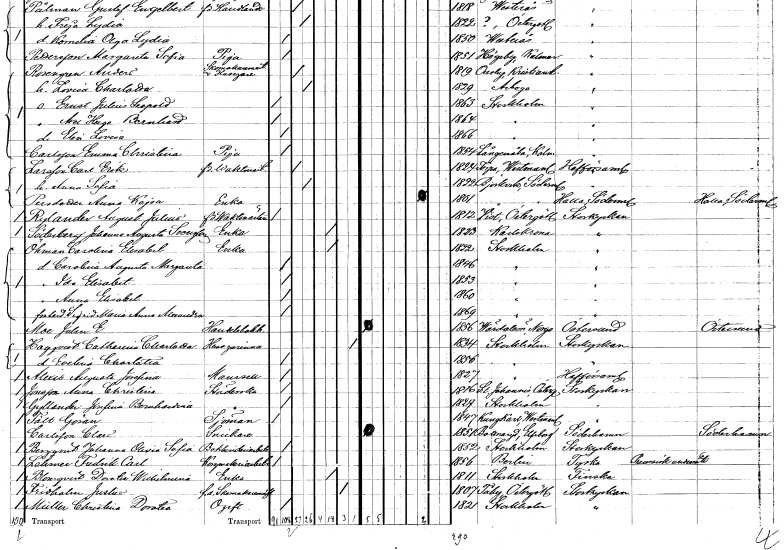
gt_parse: households: individuals: FN: Elin Lovisa
KON: K
CIV: O
FODAR: 1866
FODFORS: Stockholm
FN: Emma Christina
EN: Carlsson
YRKE: Piga
KON: K
CIV: O
FODAR: 1854
FODFORS: Långemåla Kalmar län
FN: Carl Erik
EN: Larsson
YRKE: Vaktmästare f.d.
KON: M
CIV: G
FODAR: 1824
FODFORS: Torpa Västmanlands län
FN: Anna Sofia
KON: K
CIV: G
FODAR: 1822
FODFORS: Björkvik Södermanlands län
FN: Anna Kajsa
EN: Persdotter
YRKE: Änka
KON: K
CIV: E
FODAR: 1801
FODFORS: Halla Södermanlands län
FN: August Julius
EN: Rylander
YRKE: Vaktmästare f.d.
KON: M
CIV: O
FODAR: 1812
FODFORS: Vist Östergötlands län
FN: Johanna Augusta
EN: Söderberg Svensson
YRKE: Änka
KON: K
CIV: E
FODAR: 1823
FODFORS: Karlskrona Blekinge län
FN: Carolina Elisabet
EN: Öhman
YRKE: Änka
KON: K
CIV: E
FODAR: 1822
FODFORS: Stockholm
FN: Carolina Augusta Margareta
KON: K
CIV: O
FODAR: 1846
FODFORS: Stockholm
FN: Ida Elisabet
KON: K
CIV: O
FODAR: 1853
FODFORS: Stockholm
FN: Anna Elisabet
KON: K
CIV: O
FODAR: 1860
FODFORS: Stockholm
FN: Sigrid Maria Anna Alexandra
KON: K
CIV: O
FODAR: 1869
FODFORS: Stockholm
FN: Jalen E.
EN: Moe
YRKE: Handelsbokhållare
KON: M
CIV: O
FODAR: 1856
FN: Catharina Charlotta
EN: Hagqvist
YRKE: Husägarinna
KON: K
CIV: X
FODAR: 1834
FODFORS: Stockholm
FN: Evelina Charlotta
KON: K
CIV: O
FODAR: 1856
FODFORS: Stockholm
FN: Augusta Josefina
EN: Alexis
KON: K
CIV: O
FODAR: 1827
FODFORS: Stockholm
FN: Anna Christina
EN: Jonsson
YRKE: Städerska
KON: K
CIV: O
FODAR: 1816
FODFORS: Sankt Johannes Östergötlands län
FN: Josefina Bernhardina
EN: Gyllander
YRKE: Städerska
KON: K
CIV: O
FODAR: 1829
FODFORS: Stockholm
FN: Göran
EN: Fält
YRKE: Sjöman
KON: M
CIV: O
FODAR: 1847
FODFORS: Kung Karl Västmanlands län
FN: Claes
EN: Carlsson
YRKE: Snickare
KON: M
CIV: O
FODAR: 1851
FODFORS: Bottnaryd Jönköpings län
FN: Johanna Olivia Sofia
EN: Bergqvist
YRKE: Bokbinderiarbeterska
KON: K
CIV: O
FODAR: 1852
FODFORS: Stockholm
FN: Fredrik Carl
EN: Schmer
YRKE: Korgmakeriarbetare
KON: M
CIV: O
FODAR: 1856
FN: Dorotea Wilhelmina
EN: Blomqvist
YRKE: Änka
KON: K
CIV: E
FODAR: 1811
FODFORS: Stockholm
FN: Justus
EN: Fridholm
YRKE: Skomakarmäster f.d.
KON: M
CIV: E
FODAR: 1807
FODFORS: Tåby Östergötlands län
FN: Christina Dorotea
EN: Müller
KON: K
CIV: O
FODAR: 1821
FODFORS: Stockholm